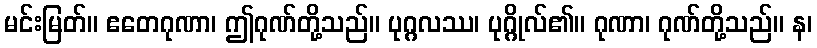
မင်းမြတ်။ ဧတေဂုဏာ၊ ဤဂုဏ်တို့သည်။ ပုဂ္ဂလဿ၊ ပုဂ္ဂိုလ်၏။ ဂုဏာ၊ ဂုဏ်တို့သည်။ န၊